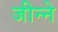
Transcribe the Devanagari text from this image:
जीन्ने